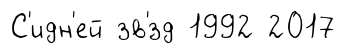
С'идн'ей зв'́зд 1992 2017